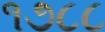
૧૭૮૮